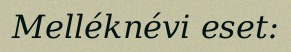
Melléknévi eset: